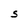
Character: S